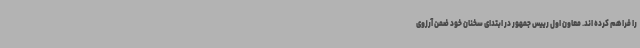
را فراهم کرده اند. معاون اول رییس جمهور در ابتدای سخنان خود ضمن آرزوی